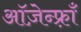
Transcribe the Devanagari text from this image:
ऑज़ेन्फ़्राँ